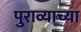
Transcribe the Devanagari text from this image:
पुराव्याच्या